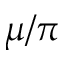
\mu / \pi